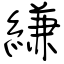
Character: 縑